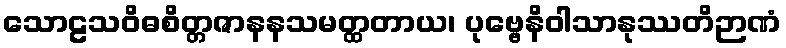
သောဠသဝိဓစိတ္တဇာနနသမတ္ထတာယ၊ ပုဗ္ဗေနိဝါသာနုဿတိဉာဏံ